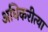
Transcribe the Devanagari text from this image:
अधिकरीत्या